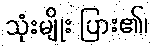
သုံးမျိုး ပြား၏၊